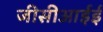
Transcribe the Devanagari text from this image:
जीसीआईई